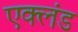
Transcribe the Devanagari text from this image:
एक्लंड